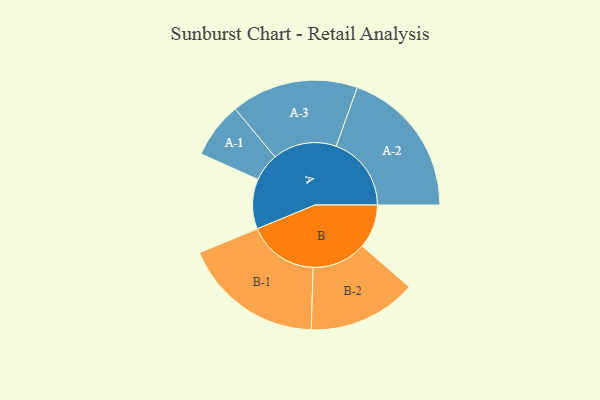
{"axis": {"x": "Segment", "y": "Value"}, "legend": ["", "A", "B"], "data": [{"x": "A", "y": 191, "type": ""}, {"x": "B", "y": 168, "type": ""}, {"x": "A-1", "y": 107, "type": "A"}, {"x": "A-2", "y": 288, "type": "A"}, {"x": "A-3", "y": 244, "type": "A"}, {"x": "B-1", "y": 270, "type": "B"}, {"x": "B-2", "y": 208, "type": "B"}]}